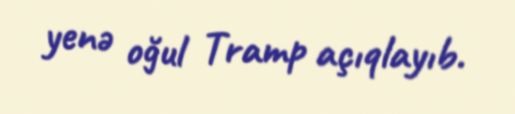
yenə oğul Tramp açıqlayıb.